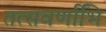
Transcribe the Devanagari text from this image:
तत्सवर्णाभि